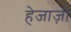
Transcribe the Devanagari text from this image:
हेजाज़ी